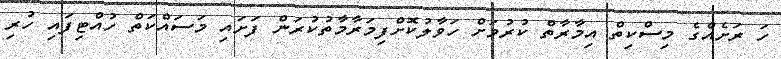
ހަ ރަށެއްގެ މިސްކިތް އިމާރާތް ކުރުމަށް ހަވާލުކޮށްފިމަރާމާތުކުރަން ފަށައި މަސައްކަތް ހުއްޓިފައި ހުރި